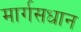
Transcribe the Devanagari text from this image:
मार्गसधान